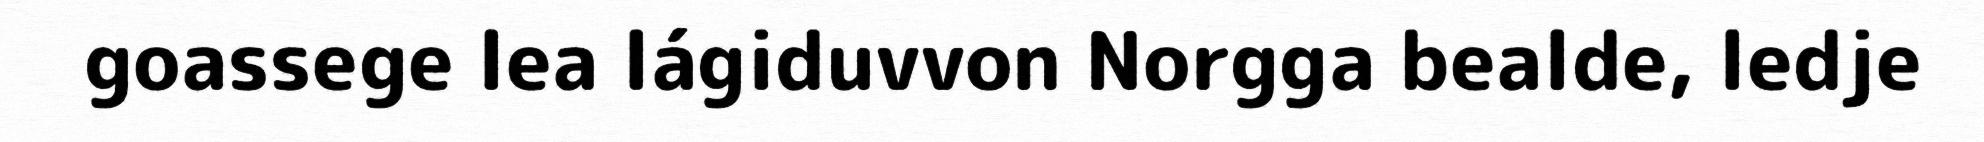
goassege lea lágiduvvon Norgga bealde, ledje